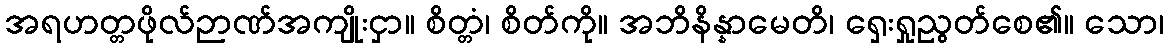
အရဟတ္တဖိုလ်ဉာဏ်အကျိုးငှာ။ စိတ္တံ၊ စိတ်ကို။ အဘိနိန္နာမေတိ၊ ရှေးရှုညွတ်စေ၏။ သော၊